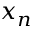
x _ { n }